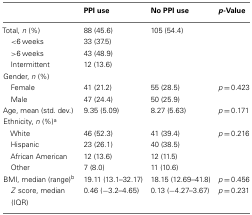
<table><thead><tr><td></td><td><b>PPI use</b></td><td><b>No PPI use</b></td><td><b><i>p</i>-Value</b></td></tr></thead><tbody><tr><td>Total, <i>n</i> (%)</td><td>88 (45.6)</td><td>105 (54.4)</td><td></td></tr><tr><td>&lt;6 weeks</td><td>33 (37.5)</td><td></td></tr><tr><td>&gt;6 weeks</td><td>43 (48.9)</td><td></td></tr><tr><td> Intermittent</td><td>12 (13.6)</td><td></td></tr><tr><td>Gender, <i>n</i> (%)</td></tr><tr><td> Female</td><td>41 (21.2)</td><td>55 (28.5)</td><td><i>p</i> = 0.423</td></tr><tr><td> Male</td><td>47 (24.4)</td><td>50 (25.9)</td><td></td></tr><tr><td>Age, mean (std. dev.)</td><td>9.35 (5.09)</td><td>8.27 (5.63)</td><td><i>p</i> = 0.171</td></tr><tr><td>Ethnicity, <i>n</i> (%)<sup>a</sup></td></tr><tr><td> White</td><td>46 (52.3)</td><td>41 (39.4)</td><td><i>p</i> = 0.216</td></tr><tr><td> Hispanic</td><td>23 (26.1)</td><td>40 (38.5)</td><td></td></tr><tr><td> African American</td><td>12 (13.6)</td><td>12 (11.5)</td><td></td></tr><tr><td> Other</td><td>7 (8.0)</td><td>11 (10.6)</td><td></td></tr><tr><td>BMI, median (range)<sup>b</sup></td><td>19.11 (13.1–32.17)</td><td>18.15 (12.69–41.8)</td><td><i>p</i> = 0.456</td></tr><tr><td> <i>Z</i> score, median (IQR)</td><td>0.46 (−3.2–4.65)</td><td>0.13 (−4.27–3.67)</td><td><i>p</i> = 0.231</td></tr></tbody></table>